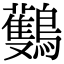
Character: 𪇡